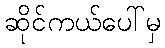
ဆိုင်ကယ်ပေါ်မှ